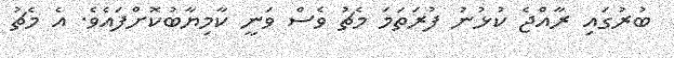
ބުރުގައި ރާއްޖެ ކުޅުނު ފުރަތަމަ މެޗު ވެސް ވަނީ ކާމިޔާބުކޮށްފައެވެ. އެ މެޗު